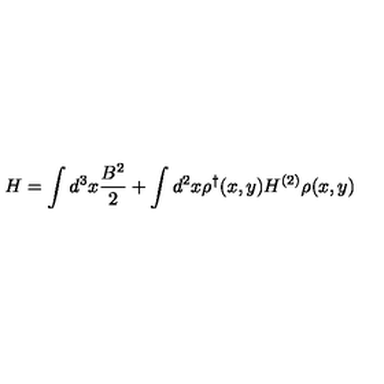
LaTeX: H = \int d ^ { 3 } x \frac { B ^ { 2 } } { 2 } + \int d ^ { 2 } x \rho ^ { \dag } ( x , y ) H ^ { ( 2 ) } \rho ( x , y )